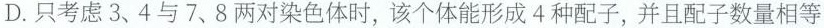
D.只考虑3、4与7、8两对染色体时，该个体能形成4种配子，并且配子数量相等